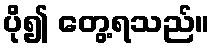
ပို၍ တွေ့ရသည်။